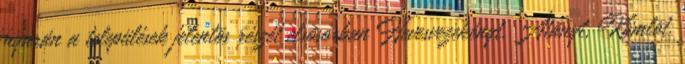
nyarán a települések jelentõs részét elsõsorban Hevesvezekényt, Átányt, Kömlõt,